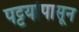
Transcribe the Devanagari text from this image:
पट्टयांपासून